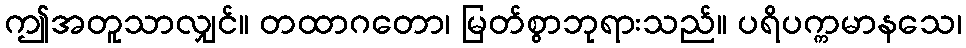
ဤအတူသာလျှင်။ တထာဂတော၊ မြတ်စွာဘုရားသည်။ ပရိပက္ကမာနသေ၊